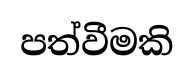
පත්වීමකි